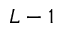
L - 1